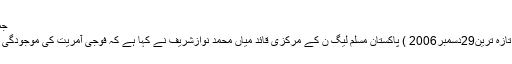
جمعہ 29 دسمبر 2006 19:21
کالاشاہ کاکو (اردوپوائنٹ اخبار تازہ ترین29دسمبر2006 ) پاکستان مسلم لیگ ن کے مرکزی قائد میاں محمد نوازشریف نے کہا ہے کہ فوجی آمریت کی موجودگی میں شفاف انتخابات ممکن نہیں ۔